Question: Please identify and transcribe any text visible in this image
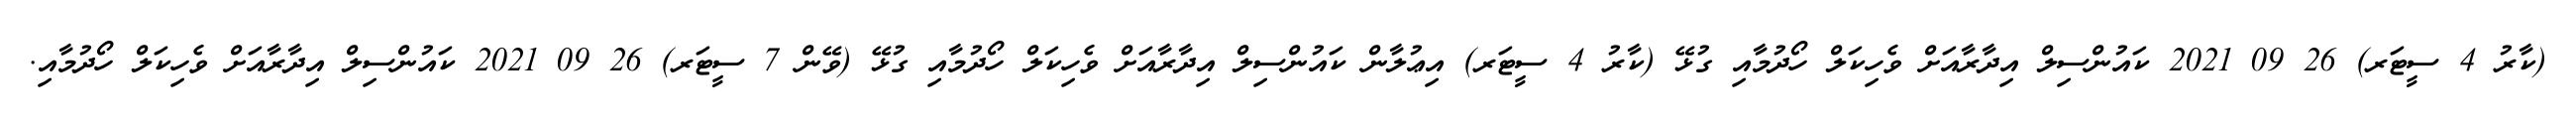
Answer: (ކާރު 4 ސީޓަރ) 26 09 2021 ކައުންސިލް އިދާރާއަށް ވެހިކަލް ހޯދުމާއި ގުޅޭ (ކާރު 4 ސީޓަރ) އިޢުލާން ކައުންސިލް އިދާރާއަށް ވެހިކަލް ހޯދުމާއި ގުޅޭ (ވޭން 7 ސީޓަރ) 26 09 2021 ކައުންސިލް އިދާރާއަށް ވެހިކަލް ހޯދުމާއި.